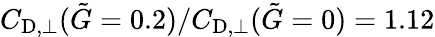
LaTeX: C_{\textup{D},\perp}(\tilde{G}=0.2)/C_{\textup{D},\perp}(\tilde{G}=0)=1.12